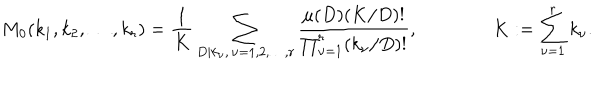
M _ { 0 } ( k _ { 1 } , k _ { 2 } , \dots , k _ { r } ) = \frac 1 { K } \sum _ { D | k _ { \nu } , \, \nu = 1 , 2 , \dots , r } \frac { \mu ( D ) ( K / D ) ! } { \prod _ { \nu = 1 } ^ { r } ( k _ { \nu } / D ) ! } , \qquad \qquad K : = \sum _ { \nu = 1 } ^ { r } k _ { \nu } .